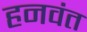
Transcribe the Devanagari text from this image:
हनवंत